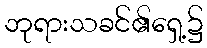
ဘုရားသခင်၏ရှေ့၌